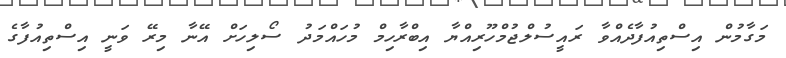
މަގާމުން އިސްތިއުފާދެއްވާ ރައީސުލްޖުމްހޫރިއްޔާ އިބްރާހިމް މުހައްމަދު ސޯލިހަށް އޭނާ މިރޭ ވަނީ އިސްތިއުފާގެ